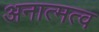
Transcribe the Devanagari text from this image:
अनात्मत्व